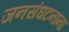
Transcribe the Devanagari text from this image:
जनसंघटनांना